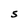
Character: S